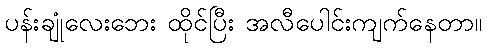
ပန်းချုံလေးဘေး ထိုင်ပြီး အလီပေါင်းကျက်နေတာ။